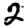
Digit: 2